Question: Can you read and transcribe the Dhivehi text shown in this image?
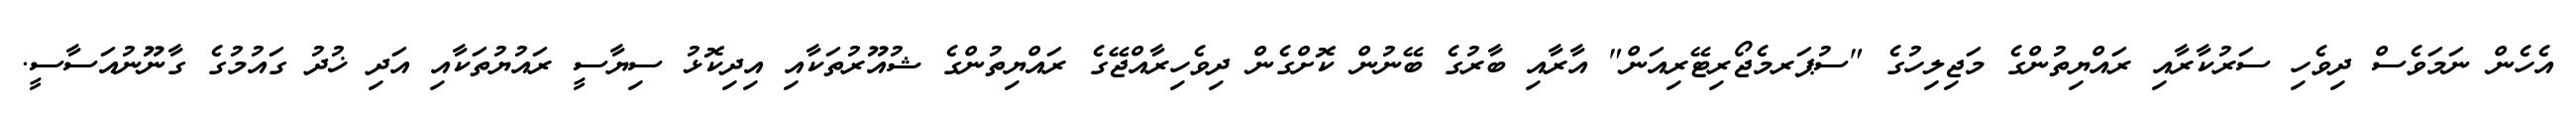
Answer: އެހެން ނަމަވެސް ދިވެހި ސަރުކާރާއި ރައްޔިތުންގެ މަޖިލިހުގެ "ސުޕަރމެޖޯރިޓޭރިއަން" އާރާއި ބާރުގެ ބޭނުން ކޮށްގެން ދިވެހިރާއްޖޭގެ ރައްޔިތުންގެ ޝުއޫރުތަކާއި އިދިކޮޅު ސިޔާސީ ރައުޔުތަކާއި އަދި ޚުދު ގައުމުގެ ގާނޫނުއަސާސީ.